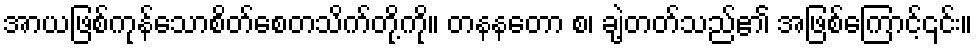
အာယဖြစ်ကုန်သောစိတ်စေတသိက်တို့ကို။ တနနတော စ၊ ချဲ့တတ်သည်၏ အဖြစ်ကြောင့်၎င်း။